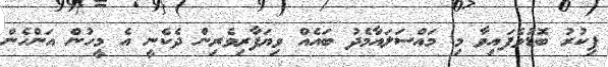
ފިކުރު ބޮޑުވެފައިވާ މި މައްސަލައާމެދު ބައެއް ވިޔަފާރިވެރިން ދެކެނީ އެ މީހުން އަންހެން